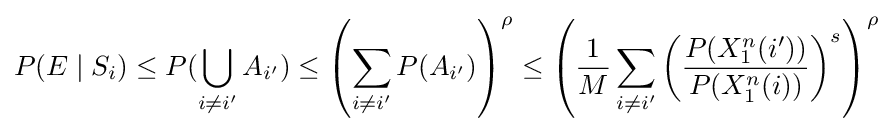
P(E\mid S_{i})\leq P(\bigcup _{i\neq i'}A_{i'})\leq \left(\sum _{i\neq i'}P(A_{i'})\right)^{\rho }\leq \left({\frac {1}{M}}\sum _{i\neq i'}\left({\frac {P(X_{1}^{n}(i'))}{P(X_{1}^{n}(i))}}\right)^{s}\right)^{\rho }